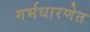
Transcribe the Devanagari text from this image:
गर्भधारणेत